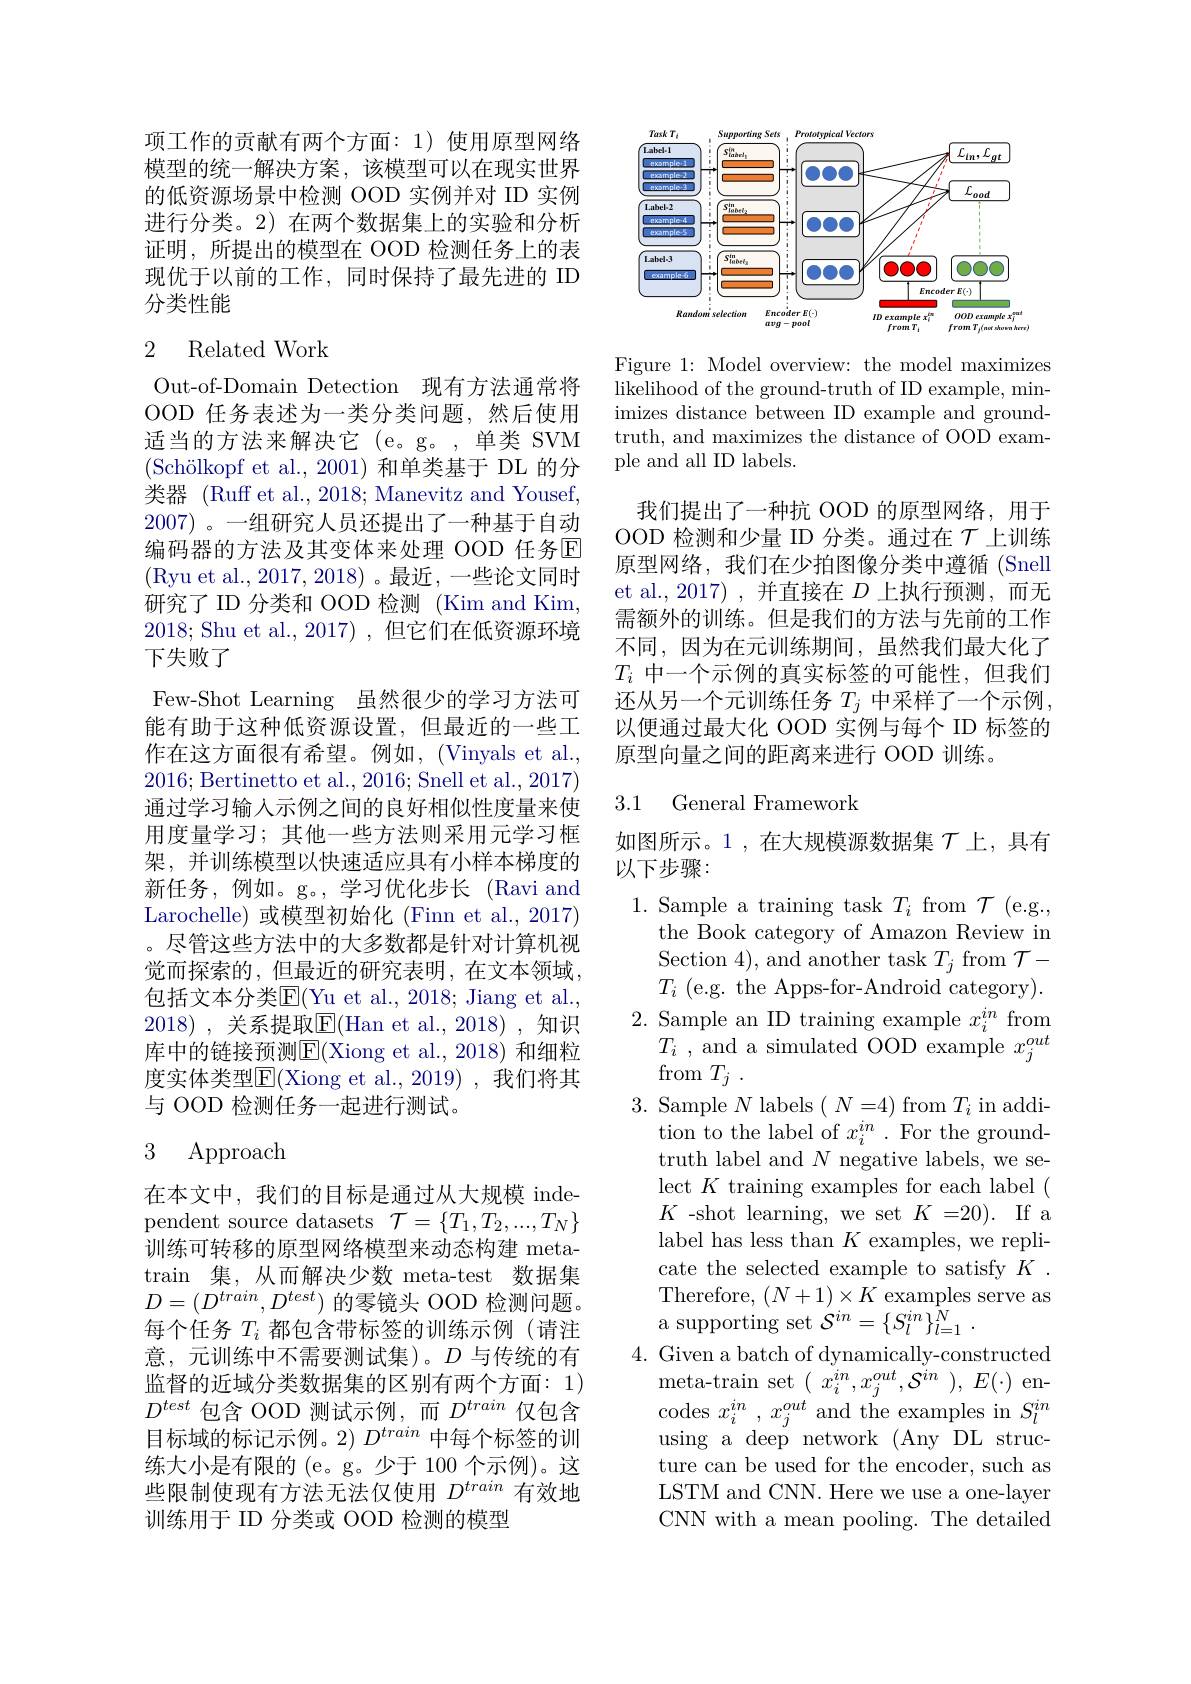
项工作的贡献有两个方面：1) 使用原型网络模型的统一解决方案，该模型可以在现实世界的低资源场景中检测 OOD 实例并对 ID 实例进行分类。2) 在两个数据集上的实验和分析证明，所提出的模型在 OOD 检测任务上的表现优于以前的工作，同时保持了最先进的 ID 分类性能

### 2 Related Work

Out-of-Domain Detection 现有方法通常将OOD 任务表述为一类分类问题，然后使用适当的方法来解决它(e。g。,单类 SVM (Schölkopf et al.,2001)和单类基于 DL 的分类器 (Ruff et al., 2018; Manevitz and Yousef, 2007) 。一组研究人员还提出了一种基于自动编码器的方法及其变体来处理 OOD 任务回(Ryu et al., 2017, 2018)。最近，一些论文同时研究了ID 分类和 OOD 检测 (Kim and Kim, 2018; Shu et al., 2017), 但它们在低资源环境下失败了
Few-Shot Learning 虽然很少的学习方法可能有助于这种低资源设置，但最近的一些工作在这方面很有希望。例如，(Vinyals et al. 2016; Bertinetto et al., 2016; Snell et al., 2017) 通过学习输人示例之间的良好相似性度量来使用度量学习；其他一些方法则采用元学习框架，并训练模型以快速适应具有小样本梯度的新任务，例如。g。,学习优化步长(Ravi and Larochelle)或模型初始化 (Finn et al.,2017) 。尽管这些方法中的大多数都是针对计算机视觉而探索的，但最近的研究表明，在文本领域包括文本分类E|(Yu et al., 2018; Jiang et al., 2018) , 关系提取$\overline{\mathrm{E}}($Han et al., 2018) , 知识库中的链接预测E(Xiong et al.,2018)和细粒度实体类型E(Xiong et al.,2019),我们将其与 OOD 检测任务一起进行测试。

## 3 Approach

在本文中，我们的目标是通过从大规模 independent source datasets $\mathcal{T}=\{T_1,T_2,...,T_N\}$ 训练可转移的原型网络模型来动态构建 meta- $\operatorname{train}$集，从而解决少数 meta-test 数据集$D=(D^{train},D^{test})$的零镜头 OOD 检测问题。每个任务$T_i$都包含带标签的训练示例(请注意，元训练中不需要测试集)。$D$与传统的有监督的近域分类数据集的区别有两个方面：1) $D^{test}$包含 OOD 测试示例，而$D^{train}$仅包含目标域的标记示例。2) $D^{train}$中每个标签的训练大小是有限的 (e。g。少于 100 个示例)。这些限制使现有方法无法仅使用$D^{train}$有效地训练用于 ID 分类或 OOD 检测的模型

<FigureHere>

Figure 1: Model overview: the model maximizes likelihood of the ground-truth of ID example, minimizes distance between ID example and groundtruth, and maximizes the distance of OOD example and all ID labels.

我们提出了一种抗 OOD 的原型网络，用于OOD 检测和少量 ID 分类。通过在$\mathcal{T}$上训练原型网络，我们在少拍图像分类中遵循 (Snell et al.,2017),并直接在$D$上执行预测，而无需额外的训练。但是我们的方法与先前的工作不同，因为在元训练期间，虽然我们最大化了$T_i$中一个示例的真实标签的可能性，但我们还从另一个元训练任务$T_j$中采样了一个示例， 以便通过最大化 OOD 实例与每个 ID 标签的原型向量之间的距离来进行 OOD 训练。

## 3.1 General Framework

如图所示。1 ,在大规模源数据集$\mathcal{T}$上，具有
以下步骤：

1. Sample a training task $T_i$ from $\mathcal{T}$ (e.g.,
the Book category of Amazon Review in $\operatorname { \mathrm{Section~4}} ) , \operatorname { \mathrm{and~another~task~}} T_{j}\operatorname { \mathrm{from~}} \mathcal{T} -$ $T_{i}$ ( e. g. the Apps- for- Android category) .
2. Sample an ID training example $x_i^{in}$ from
$T_{i}$ , and a simulated OOD example $x_j^out$
$\operatorname { from} T_{j}$ .
3. Sample $N$ labels $(\begin{array}{c}N=4)\mathrm{~from~}T_{i}\mathrm{~in~addi-}\end{array}$
tion to the label of $x_i^{in}.$ For the groundtruth label and $N$ negative labels, we select $K$ training examples for each label ( $K$ -shot learning, we set $K=20).$ If a label has less than $K$ examples, we replicate the selected example to satisfy $K.$ Therefore, $(N+1)\times K$ examples serve as a supporting set $S^in= \{ S_l^{in}\} _{l= 1}^{\bar{N} }$ .
4. Given a batch of dynamically-constructed
$\operatorname*{meta-train}$set$(\begin{array}{c}x_{i}^{in},x_{j}^{out},\mathcal{S}^{in}\end{array}),\begin{array}{c}E(\cdot)&\mathrm{en-}\end{array}$ codes $x_{i}^{in}$ , $x_{j}^{out}$and the examples in $S_l^{in}$ using a deep network (Any DL structure can be used for the encoder, such as LSTM and CNN. Here we use a one-layer CNN with a mean pooling. The detailed